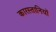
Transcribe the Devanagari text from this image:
कारस्तानियॉ